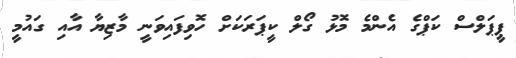
ޕީޕަލްސް ކަޕްގެ އެންމެ މޮޅު ގޯލް ކީޕަރަކަށް ހޮވިފައިވަނީ މާޒިޔާ އާއި ގައުމީ